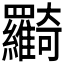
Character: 𦍉